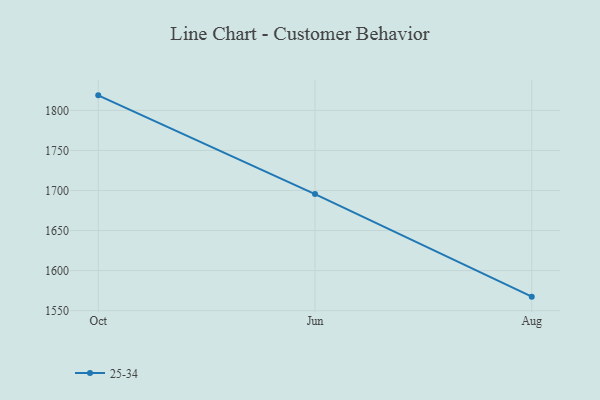
{"axis": {"x": "Month", "y": "Production Output"}, "legend": ["25-34"], "data": [{"x": "Oct", "y": 1818.8, "type": "25-34"}, {"x": "Jun", "y": 1695.5, "type": "25-34"}, {"x": "Aug", "y": 1567.5, "type": "25-34"}]}